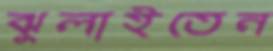
ঝুলাইতেন